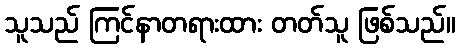
သူသည် ကြင်နာတရားထား တတ်သူ ဖြစ်သည်။